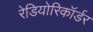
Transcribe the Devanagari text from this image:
रेडियोरिकॉर्डर